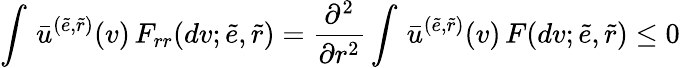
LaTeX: \int\, \bar{u}^{(\tilde{e},\tilde{r})}(v)\, F_{rr}(dv;\tilde{e},\tilde{r})=\frac{\partial^{2}}{\partial r^{2}}\int\, \bar{u}^{(\tilde{e},\tilde{r})}(v)\, F(dv;\tilde{e},\tilde{r})\leq 0